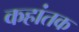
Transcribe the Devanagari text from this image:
कहांतक